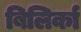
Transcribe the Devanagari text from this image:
बिलिर्का